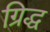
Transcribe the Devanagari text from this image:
ग्रिद्ध